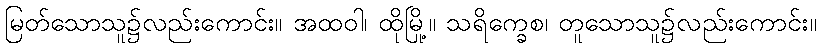
မြတ်သောသူ၌လည်းကောင်း။ အထဝါ၊ ထိုမြို့။ သရိက္ခေစ၊ တူသောသူ၌လည်းကောင်း။